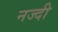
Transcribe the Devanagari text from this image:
नज्दी